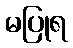
မပြုရ